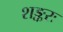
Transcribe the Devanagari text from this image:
शङ्करः